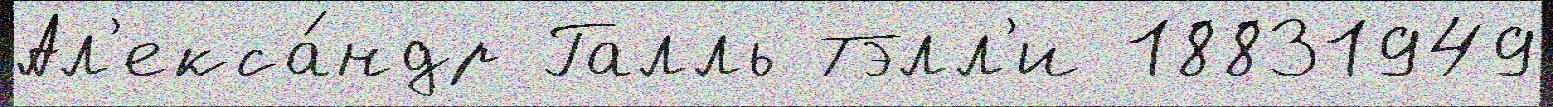
Ал'екса́ндр Галль Тэлл'и 18831949